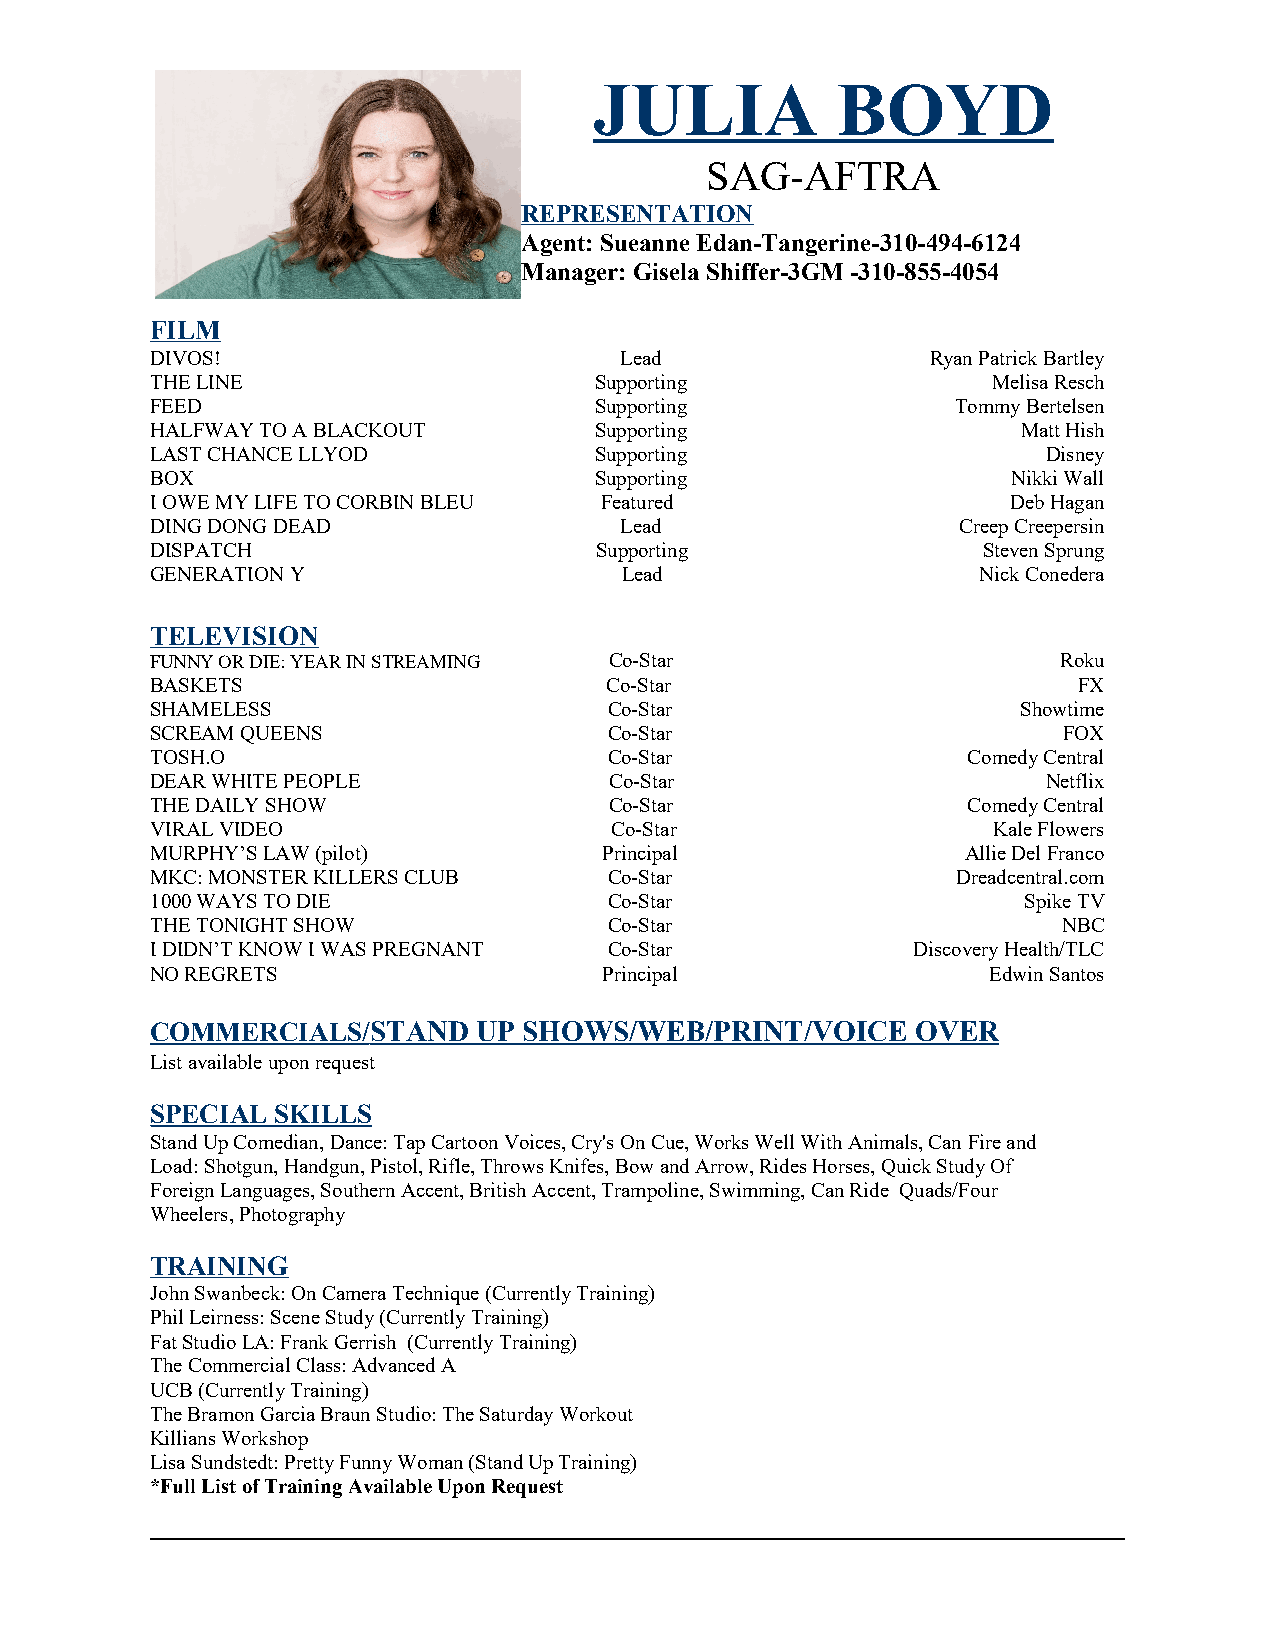
JULIA           BOYD
 SAG-AFTRA
 REPRESENTATION
 Agent: Sueanne Edan-Tangerine-310-494-6124
 Manager: Gisela Shiffer-3GM -310-855-4054
 FILM
 DIVOS!                         Lead                 Ryan Patrick Bartley
 THE LINE                     Supporting                 Melisa Resch
 FEED                         Supporting              Tommy Bertelsen
 HALFWAY TO A BLACKOUT        Supporting                   Matt Hish
 LAST CHANCE LLYOD            Supporting                    Disney
 BOX                          Supporting                  Nikki Wall
 I OWE MY LIFE TO CORBIN BLEU  Featured                   Deb Hagan
 DING DONG DEAD                 Lead                   Creep Creepersin
 DISPATCH                     Supporting                Steven Sprung
 GENERATION Y                   Lead                    Nick Conedera
 TELEVISION
 FUNNY OR DIE: YEAR IN STREAMING Co-Star                     Roku
 BASKETS                       Co-Star                        FX
 SHAMELESS                     Co-Star                     Showtime
 SCREAM QUEENS                 Co-Star                       FOX
 TOSH.O                        Co-Star                 Comedy Central
 DEAR WHITE PEOPLE             Co-Star                      Netflix
 THE DAILY SHOW                Co-Star                 Comedy Central
 VIRAL VIDEO                   Co-Star                   Kale Flowers
 MURPHY’S LAW (pilot)          Principal               Allie Del Franco
 MKC: MONSTER KILLERS CLUB     Co-Star                Dreadcentral.com
 1000 WAYS TO DIE              Co-Star                     Spike TV
 THE TONIGHT SHOW              Co-Star                       NBC
 I DIDN’T KNOW I WAS PREGNANT  Co-Star             Discovery Health/TLC
 NO REGRETS                    Principal                 Edwin Santos
 COMMERCIALS/  STAND   UP SHOWS/WEB/PRINT/VOICE     OVER
 /
 List available upon request
 SPECIAL SKILLS
 Stand Up Comedian, Dance: Tap Cartoon Voices, Cry's On Cue, Works Well With Animals, Can Fire and
 Load: Shotgun, Handgun, Pistol, Rifle, Throws Knifes, Bow and Arrow, Rides Horses, Quick Study Of
 Foreign Languages, Southern Accent, British Accent, Trampoline, Swimming, Can Ride Quads/Four
 Wheelers, Photography
 TRAINING
 John Swanbeck: On Camera Technique (Currently Training)
 Phil Leirness: Scene Study (Currently Training)
 Fat Studio LA: Frank Gerrish (Currently Training)
 The Commercial Class: Advanced A
 UCB (Currently Training)
 The Bramon Garcia Braun Studio: The Saturday Workout
 Killians Workshop
 Lisa Sundstedt: Pretty Funny Woman (Stand Up Training)
 *Full List of Training Available Upon Request